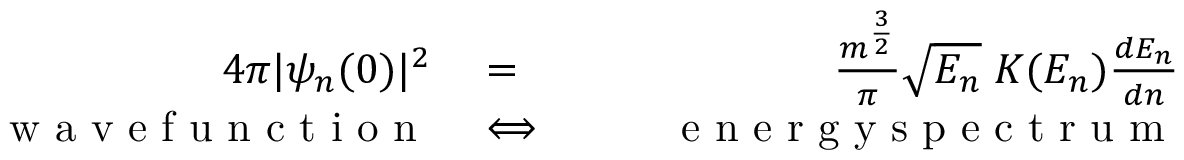
\begin{array} { r l r } { 4 \pi | \psi _ { n } ( 0 ) | ^ { 2 } } & { { } = } & { \frac { m ^ { \frac { 3 } { 2 } } } { \pi } \sqrt { E _ { n } } \; K ( E _ { n } ) \frac { d E _ { n } } { d n } } \\ { \qquad \textrm { w a v e f u n c t i o n } } & { { } \Longleftrightarrow } & { \qquad \textrm { e n e r g y s p e c t r u m } } \end{array}